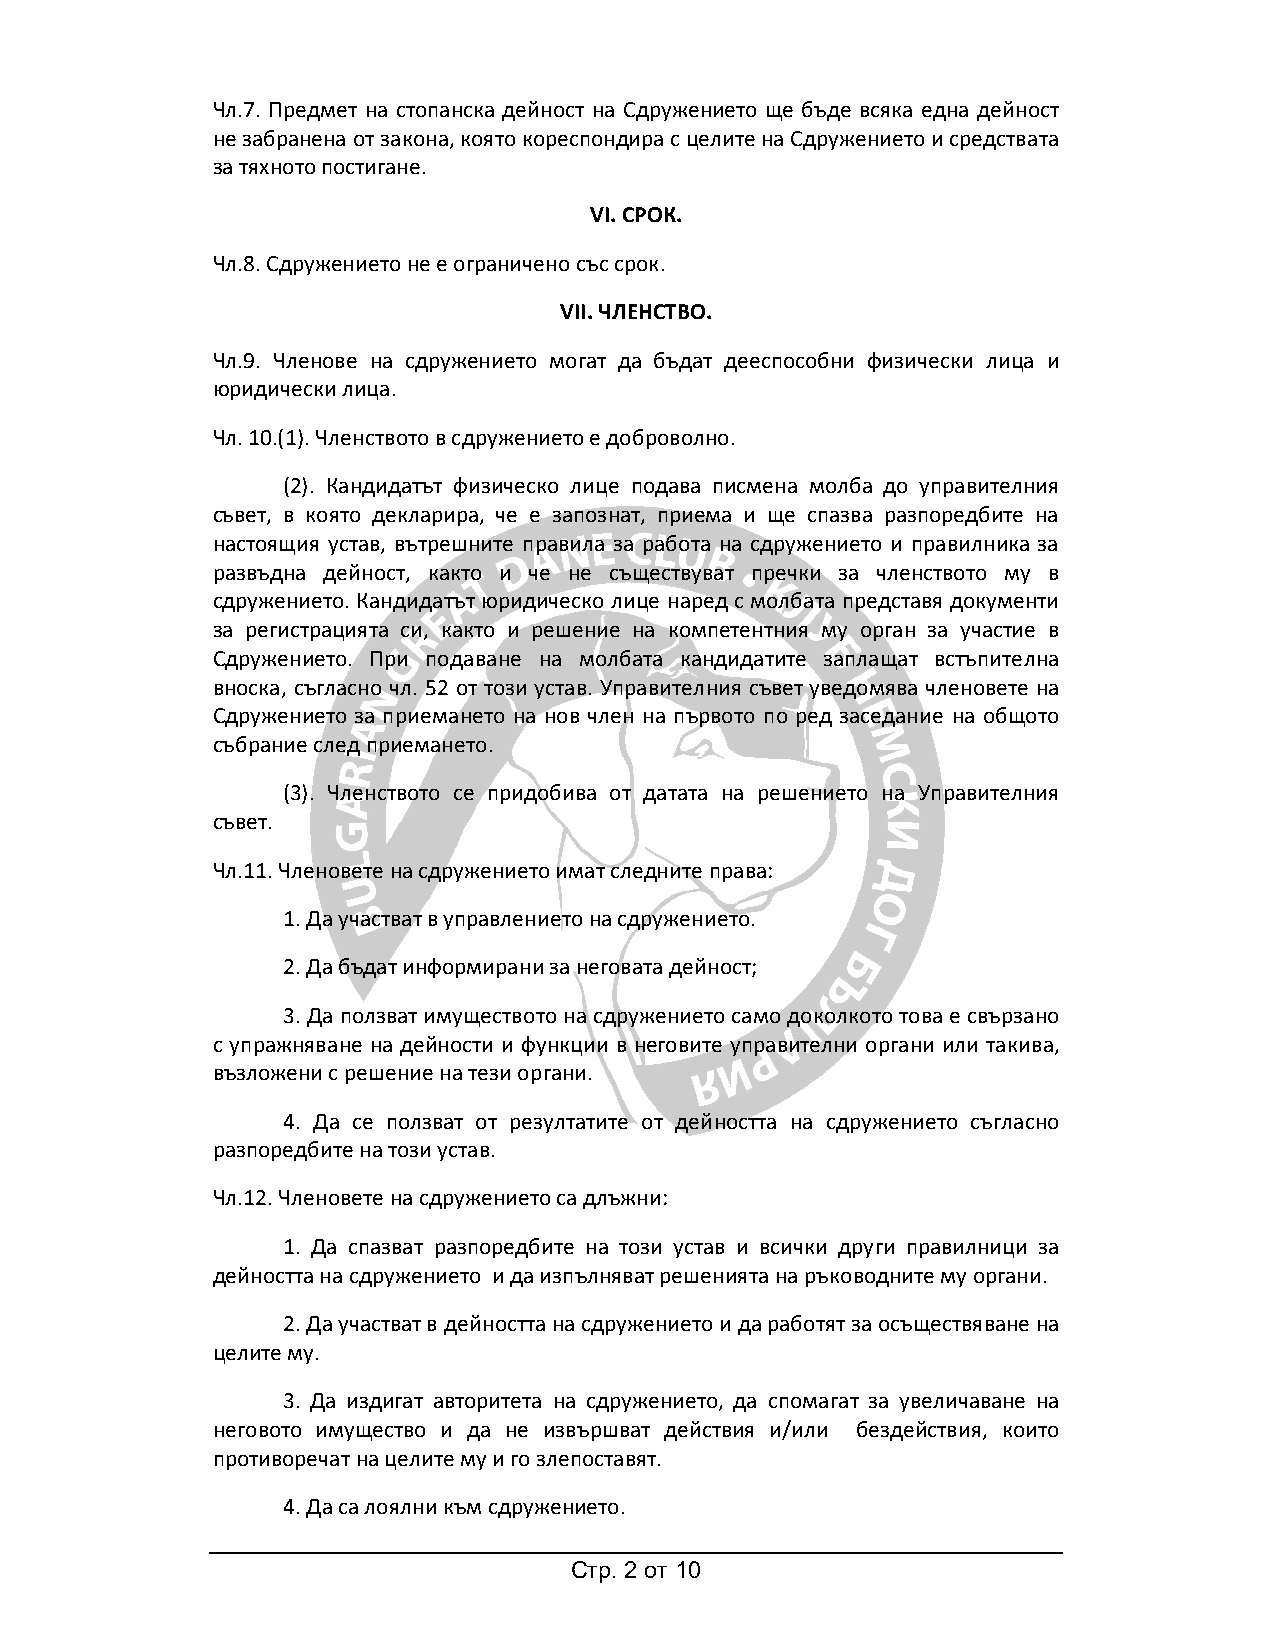
Чл.7. Предмет на стопанска дейност на Сдружението ще бъде всяка една дейност
 не забранена от закона, която кореспондира с целите на Сдружението и средствата
 за тяхното постигане.
 VI. СРОК.
 Чл.8. Сдружението не е ограничено със срок.
 VII. ЧЛЕНСТВО.
 Чл.9. Членове на сдружението могат да бъдат дееспособни физически лица и
 юридически лица.
 Чл. 10.(1). Членството в сдружението е доброволно.
 (2). Кандидатът физическо лице подава писмена молба до управителния
 съвет, в която декларира, че е запознат, приема и ще спазва разпоредбите на
 настоящия устав, вътрешните правила за работа на сдружението и правилника за
 развъдна дейност, както и че не съществуват пречки за членството му в
 сдружението. Кандидатът юридическо лице наред с молбата представя документи
 за регистрацията си, както и решение на компетентния му орган за участие в
 Сдружението. При подаване на молбата кандидатите заплащат встъпителна
 вноска, съгласно чл. 52 от този устав. Управителния съвет уведомява членовете на
 Сдружението за приемането на нов член на първото по ред заседание на общото
 събрание след приемането.
 (3). Членството се придобива от датата на решението на Управителния
 съвет.
 Чл.11. Членовете на сдружението имат следните права:
 1. Да участват в управлението на сдружението.
 2. Да бъдат информирани за неговата дейност;
 3. Да ползват имуществото на сдружението само доколкото това е свързано
 с упражняване на дейности и функции в неговите управителни органи или такива,
 възложени с решение на тези органи.
 4. Да се ползват от резултатите от дейността на сдружението съгласно
 разпоредбите на този устав.
 Чл.12. Членовете на сдружението са длъжни:
 1. Да спазват разпоредбите на този устав и всички други правилници за
 дейността на сдружението и да изпълняват решенията на ръководните му органи.
 2. Да участват в дейността на сдружението и да работят за осъществяване на
 целите му.
 3. Да издигат авторитета на сдружението, да спомагат за увеличаване на
 неговото имущество и да не извършват действия и/или бездействия, които
 противоречат на целите му и го злепоставят.
 4. Да са лоялни към сдружението.
 Стр. 2 от 10